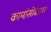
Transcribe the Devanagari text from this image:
कामांसोबतच